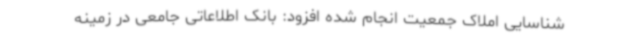
شناسایی املاک جمعیت انجام شده افزود: بانک اطلاعاتی جامعی در زمینه